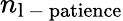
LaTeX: n_{\mathrm{l\mathrm{~-~}patience}}